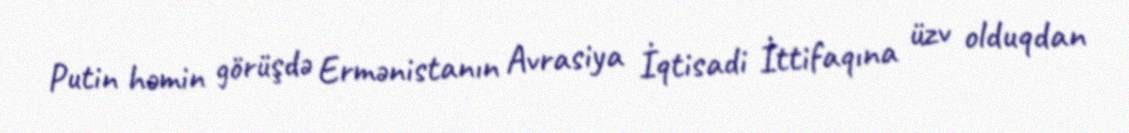
Putin həmin görüşdə Ermənistanın Avrasiya İqtisadi İttifaqına üzv olduqdan